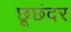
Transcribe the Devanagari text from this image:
छूछंदर